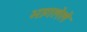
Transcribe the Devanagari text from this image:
भागलेले